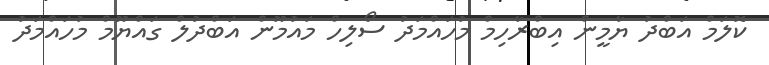
ކޮލަމް އަބްދު ޔާމީން އިބްރާހިމް މުހައްމަދު ސޯލިހް މައުމޫން އަބްދުލް ގައްޔޫމް މުހައްމަދު